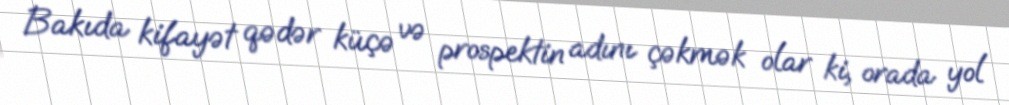
Bakıda kifayət qədər küçə və prospektin adını çəkmək olar ki, orada yol